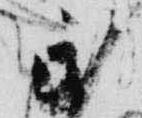
民